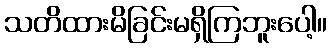
သတိထားမိခြင်းမရှိကြဘူးပေါ့။